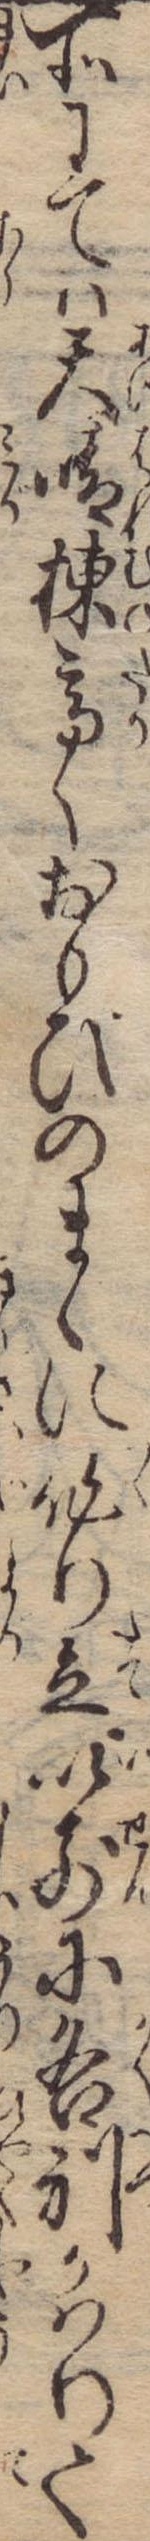
所にては天晴棟高くおもひのまゝに作り立以前に各別かはりて